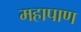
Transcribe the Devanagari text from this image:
महापाण